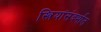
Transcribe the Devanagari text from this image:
स्त्रियांसंदर्भात